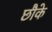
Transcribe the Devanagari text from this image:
छौके